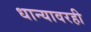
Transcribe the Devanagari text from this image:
धान्यावरही